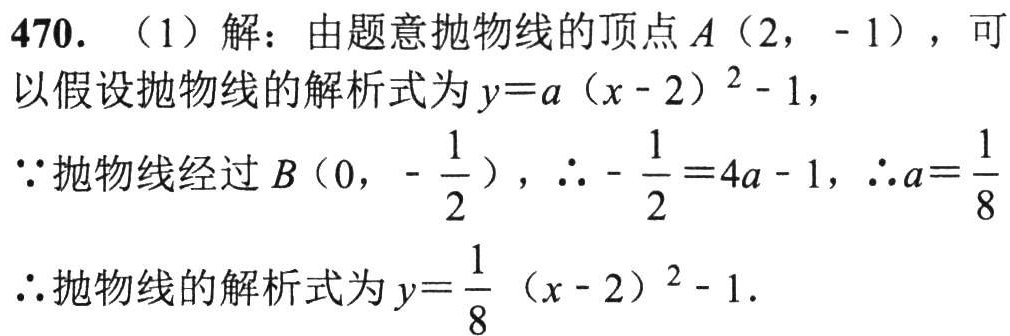
470. （1）解：由题意抛物线的顶点\(A(2,-1)\)，可以假设抛物线的解析式为\(y = a(x - 2)^{2}-1\)，
\(\because\)抛物线经过\(B(0,-\frac{1}{2})\)，\(\therefore-\frac{1}{2}=4a - 1\)，\(\therefore a=\frac{1}{8}\)
\(\therefore\)抛物线的解析式为\(y=\frac{1}{8}(x - 2)^{2}-1\).